Calcutta medical institutions reports 1871-78
Year: 1871
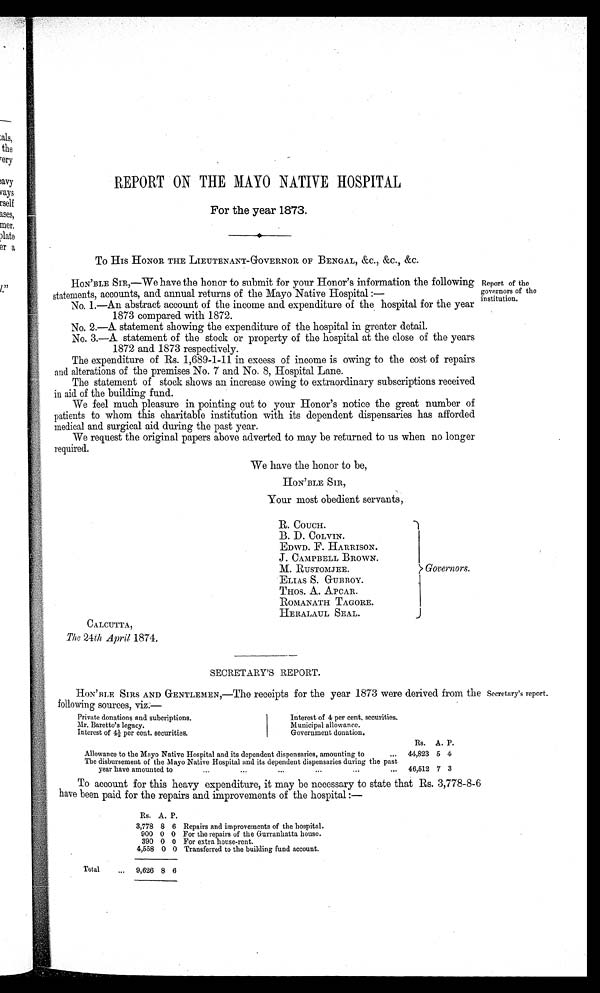
REPORT ON THE MAYO NATIVE HOSPITAL
For the year 1873.
To HIS HONOR THE LIEUTENANT-GOVERNOR OF BENGAL, &C., &C., &C.
HON'BLE SIR,—We have the honor to submit for your Honor's information the following
statements, accounts, and annual returns of the Mayo Native Hospital :
—
No. 1.—An abstract account of the income and expenditure of the hospital for the year
1873 compared with 1872.
No. 2.—A statement showing the expenditure of the hospital in greater detail.
No. 3.—A statement of the stock or property of the hospital at the close of the years
1872 and 1873 respectively.
The expenditure of Rs. 1,689-1-11 in excess of income is owing to the cost of repairs
and alterations of the premises No. 7 and No. 8, Hospital Lane.
The statement of stock shows an increase owing to extraordinary subscriptions received
in aid of the building fund.
We feel much pleasure in pointing out to your Honor's notice the great number of
patients to whom this charitable institution with its dependent dispensaries has afforded
medical and surgical aid during the past year.
We request the original papers above adverted to may be returned to us when no longer
required.
We have the honor to be,
HON'BLE SIR,
Your most obedient servants,
Report of the
governors of the
institution.
CALCUTTA,
The 24th, April 1874.
R. COUCH.
Governors.
B. D. COLVIN.
EDWD. F. HARRISON.
J. CAMPBELL BROWN.
M. RUSTOMJEE.
ELIAS S. GUBBOY.
THOS. A. APCAR.
ROMANATH TAGORE.
HERALAUL SEAL.
SECRETARY'S REPORT.
HON'BLE SIRS AND GENTLEMEN,—The receipts for the year 1873 were derived from the
following sources, viz.—
Secretary's report.
Private donations and subcriptions.
Mr. Baretto's legacy.
Interest of 41/2 per cent. securities.
Interest of 4 per cent. securities.
Municipal allowance.
Government donation.
Rs. A. P.
Allowance to the Mayo Native Hospital and its dependent dispensaries, amounting to
... 44,823 5 4
The disbursement of the Mayo Native Hospital and its dependent dispensaries during the past
year have amounted to... ...
...
...
...
... 46,512 7 3
To account for this heavy expenditure, it may be necessary to state that Rs. 3,778-8-6
have been paid for the repairs and improvements of the hospital :—
Rs. A. P.
3,778 8 6 Repairs and improvements of the hospital.
900 0 0 For the repairs of the Gurrauhatta house.
390 0 0 For extra house-rent.
4,558 0 0 Transferred to the building fund account.
Total
... 9,626 8 6